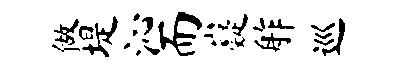
做堤沁而嶷舴巡